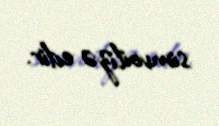
simvoilizə edir.